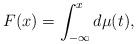
LaTeX: \begin{align*}F(x)=\int_{-\infty}^{x}d\mu(t),\end{align*}